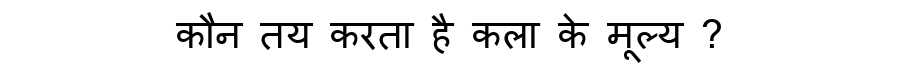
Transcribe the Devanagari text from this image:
कौन तय करता है कला के मूल्य ?